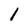
Character: 1